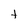
Character: t